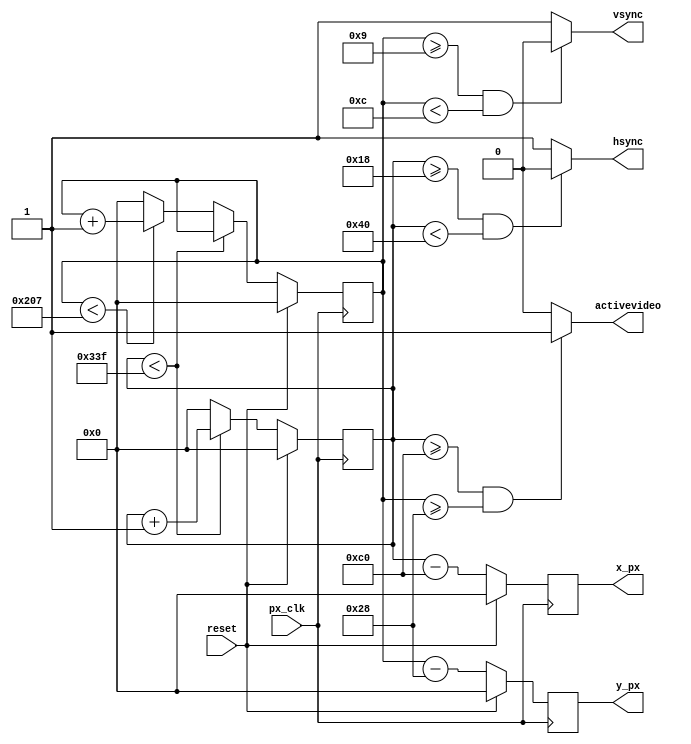
`default_nettype none
//////////////////////////////////////////////////////////////////////////////////
// Company: Ridotech
// 
// Module Name:    vga_controller
// Description:    Basic control for 640x480@72Hz VGA signal.
//
// Dependencies: 
//
// Revision: 
// Revision 0.01 - File Created for Roland Coeurjoly (RCoeurjoly) in 640x480@85Hz.
// Revision 0.02 - Change for 640x480@60Hz.
// Revision 0.03 - Solved some mistakes.
// Revision 0.04 - Change for 640x480@72Hz and output signals 'activevideo'
//                 and 'px_clk'.
//
// Additional Comments: 
//
//////////////////////////////////////////////////////////////////////////////////
module p03_VgaSyncGen (
            input wire       px_clk,        // Input clock: 31.5MHz
            input wire       reset,         // reset
            output wire      hsync,         // Horizontal sync out
            output wire      vsync,         // Vertical sync out
            output reg [9:0] x_px,          // X position for actual pixel.
            output reg [9:0] y_px,          // Y position for actual pixel.
            output wire      activevideo
         );

    /*
    http://www.epanorama.net/faq/vga2rgb/calc.html
    [*User-Defined_mode,(640X480)]
    PIXEL_CLK   =   31500
    H_DISP      =   640
    V_DISP      =   480
    H_FPORCH    =   24
    H_SYNC      =   40
    H_BPORCH    =   128
    V_FPORCH    =   9
    V_SYNC      =   3
    V_BPORCH    =   28
    */

    // Video structure constants.
    parameter activeHvideo = 640;               // Width of visible pixels.
    parameter activeVvideo =  480;              // Height of visible lines.
    parameter hfp = 24;                         // Horizontal front porch length.
    parameter hpulse = 40;                      // Hsync pulse length.
    parameter hbp = 128;                        // Horizontal back porch length.
    parameter vfp = 9;                          // Vertical front porch length.
    parameter vpulse = 3;                       // Vsync pulse length.
    parameter vbp = 28;                         // Vertical back porch length.
    parameter blackH = hfp + hpulse + hbp;      // Hide pixels in one line.
    parameter blackV = vfp + vpulse + vbp;      // Hide lines in one frame.
    parameter hpixels = blackH + activeHvideo;  // Total horizontal pixels.
    parameter vlines = blackV + activeVvideo;   // Total lines.

    // Registers for storing the horizontal & vertical counters.
    reg [9:0] hc;
    reg [9:0] vc;

    // Counting pixels.
    always @(posedge px_clk)
    begin
        if(reset) begin
            hc <= 0;
            vc <= 0;
        end else begin
            // Keep counting until the end of the line.
            if (hc < hpixels - 1)
                hc <= hc + 1;
            else
            // When we hit the end of the line, reset the horizontal
            // counter and increment the vertical counter.
            // If vertical counter is at the end of the frame, then
            // reset that one too.
            begin
                hc <= 0;
                if (vc < vlines - 1)
                vc <= vc + 1;
            else
               vc <= 0;
            end
        end
     end

    // Generate sync pulses (active low) and active video.
    assign hsync = (hc >= hfp && hc < hfp + hpulse) ? 0:1;
    assign vsync = (vc >= vfp && vc < vfp + vpulse) ? 0:1;
    assign activevideo = (hc >= blackH && vc >= blackV) ? 1:0;

    // Generate color.
    always @(posedge px_clk)
    begin
        if(reset) begin
            x_px <= 0;
            y_px <= 0;
        end else begin
            x_px <= hc - blackH;
            y_px <= vc - blackV;
        end
     end
 endmodule
`default_nettype wire